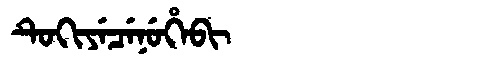
Manchu: ᡨᡠᡴᡳᠶᡝᠴᡝᠨᡠᡥᡝᠪᡳ
Romanization: TUKIYECENUHEBI